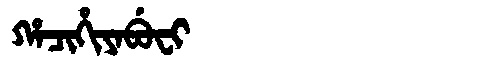
Manchu: ᡥᠠᠴᡳᡥᡳᠶᠠᠪᡠᠸᡳ
Romanization: HACIHIYABUFI